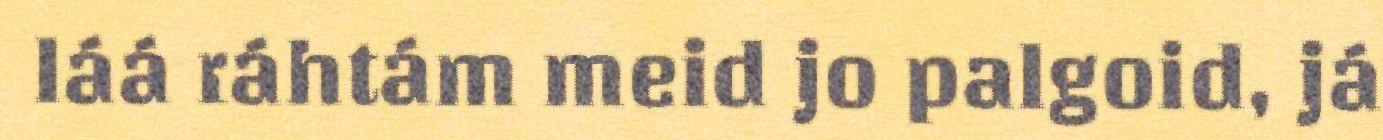
láá ráhtám meid jo palgoid, já